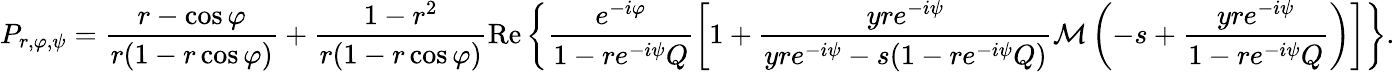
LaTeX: P_{r,\varphi,\psi}=\frac{r-\cos\varphi}{r(1-r\cos\varphi)}+\frac{1-r^{2}}{r(1-r\cos\varphi)}\mathrm{Re}\left\{ \frac{e^{-i\varphi}}{1-re^{-i\psi}Q}\left[1+\frac{yre^{-i\psi}}{yre^{-i\psi}-s(1-re^{-i\psi}Q)}\mathcal{M}\left(-s+\frac{yre^{-i\psi}}{1-re^{-i\psi}Q}\right)\right]\right\} .